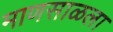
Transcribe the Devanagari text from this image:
माणसाळला